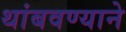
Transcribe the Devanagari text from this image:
थांबवण्याने